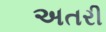
અતરી